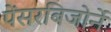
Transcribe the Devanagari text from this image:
पेंसरबिजोर्ने